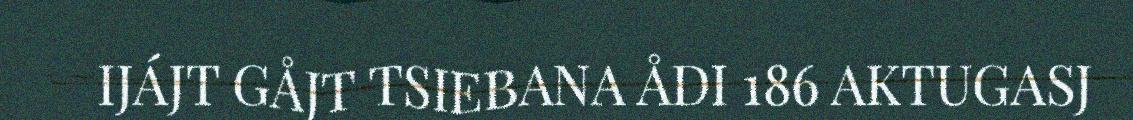
IJÁJT GÅJT TSIEBANA ÅDI 186 AKTUGASJ